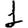
Digit: 1